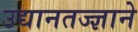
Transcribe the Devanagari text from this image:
उद्यानतज्ज्ञाने